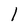
Character: 1